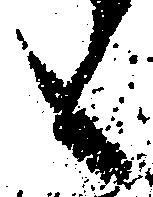
も